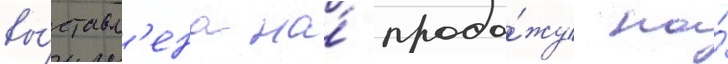
вы́ставл'ена на́ прода́жу на́